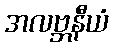
အလဗ္ဘနီယံ